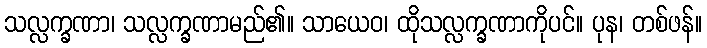
သလ္လက္ခဏာ၊ သလ္လက္ခဏာမည်၏။ သာယေဝ၊ ထိုသလ္လက္ခဏာကိုပင်။ ပုန၊ တစ်ဖန်။